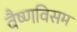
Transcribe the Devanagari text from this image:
वैष्णविसम